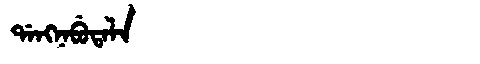
Manchu: ᡩᠠᠩᠨᠠᠪᡠᡨᠠᠯᠠ
Romanization: DANGNABUTALA